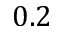
0 . 2